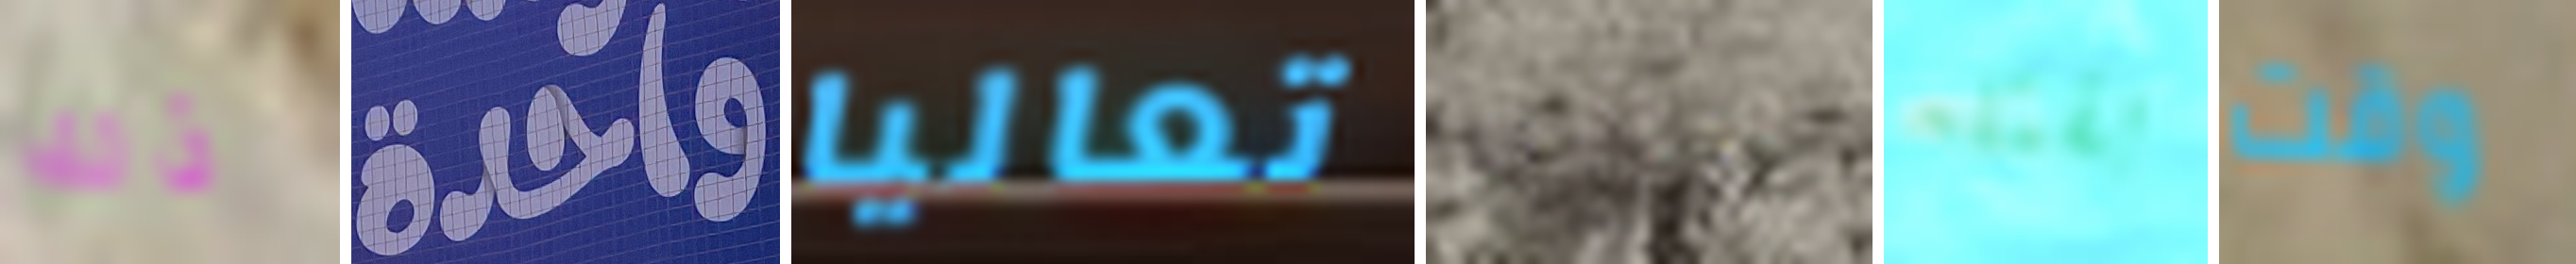
ذلك واحدة تعاليا سنتدبر بقتله وقت